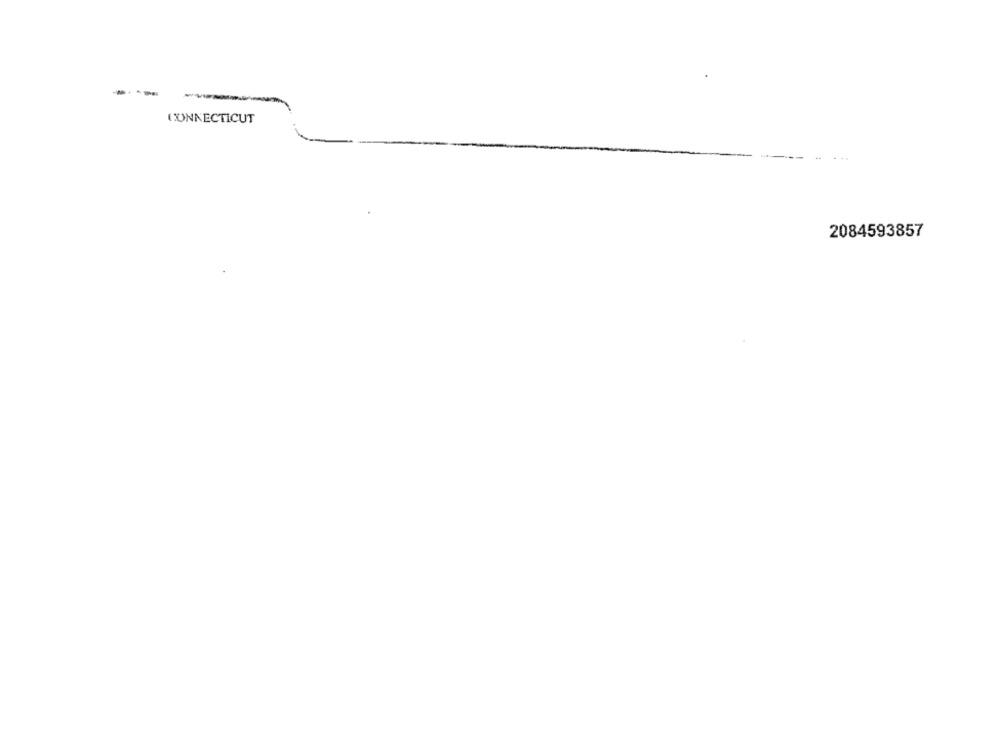
CONNECTICUT
2084593857